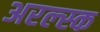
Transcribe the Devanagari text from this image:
अरल्स्क